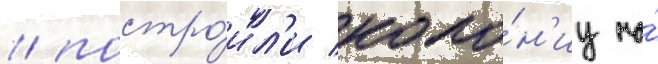
/ постро́ил'и коло́н'иу на́